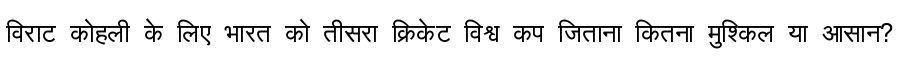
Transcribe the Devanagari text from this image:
विराट कोहली के लिए भारत को तीसरा क्रिकेट विश्व कप जिताना कितना मुश्किल या आसान?